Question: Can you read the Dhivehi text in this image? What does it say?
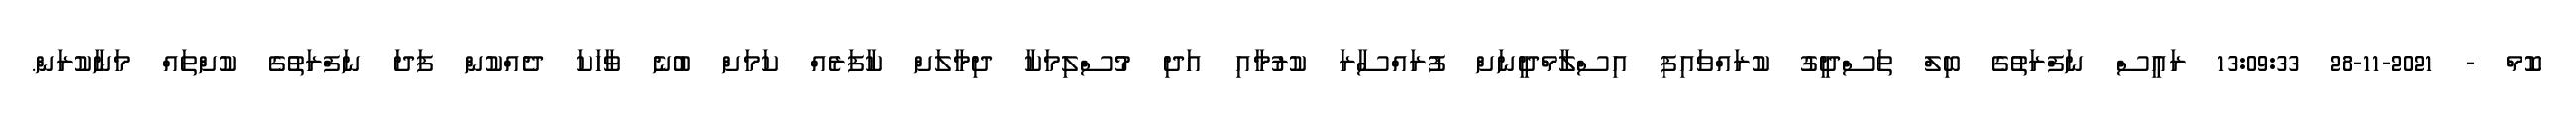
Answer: ކޮމް - 2021-11-28 13:09:33 ރައީސް ނަފްރަތުގެ ބިލް ތަސްދީގު ކުރައްވައިފި އިސްލާމްދީނަށް ފުރައްސާރަ ކުރުމާއި އަދި މުސްލިމަކާ ދިމާލަށް ކާފަރެއް ކަމަށް ބުނެ ވާހަކަ ދެއްކުން ފަދަ ނަފްރަތުގެ ކުށްތައް މަނާކުރަން.